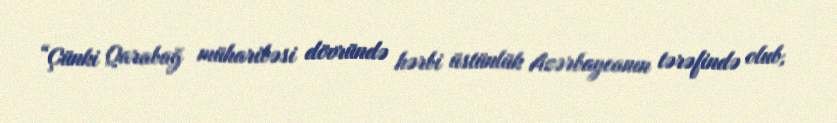
“Çünki Qarabağ müharibəsi dövründə hərbi üstünlük Azərbaycanın tərəfində olub,